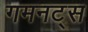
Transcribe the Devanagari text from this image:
गमनट्स